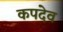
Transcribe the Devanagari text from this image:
कपदेव